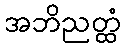
အဘိညတ္ထံ